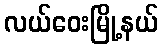
လယ်ဝေးမြို့နယ်